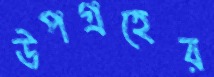
উপগ্রহের